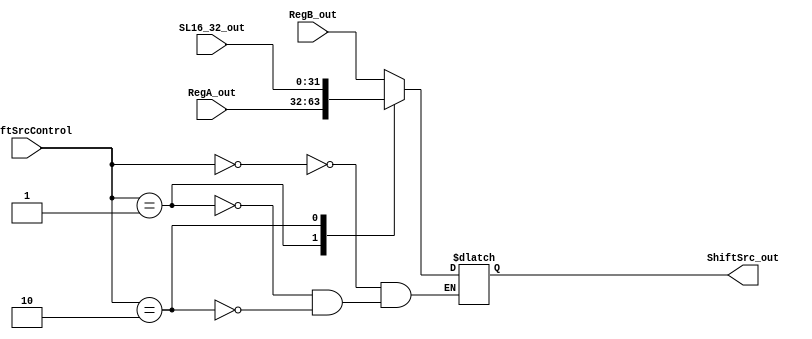
module ShiftSrc_(
    input wire [1:0] ShiftSrcControl,
    input wire [31:0] RegB_out,
    input wire [31:0] RegA_out, 
    input wire [31:0] SL16_32_out,
    output reg [31:0]  ShiftSrc_out
);

always @(*) begin
    case ( ShiftSrcControl)          
        2'b00:  ShiftSrc_out = RegB_out; //rt
        2'b01:  ShiftSrc_out = RegA_out; //rs 
        2'b10:  ShiftSrc_out = SL16_32_out; 
        endcase 
end

endmodule